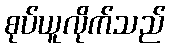
စုပ်ယူလိုက်သည်